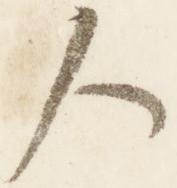
人